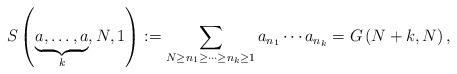
LaTeX: \begin{align*}S\left(\underset{k}{\underbrace{a,\ldots,a}},N,1\right):=\sum_{N\geq n_{1}\geq\cdots\geq n_{k}\geq1}a_{n_{1}}\cdots a_{n_{k}}=G\left(N+k,N\right),\end{align*}